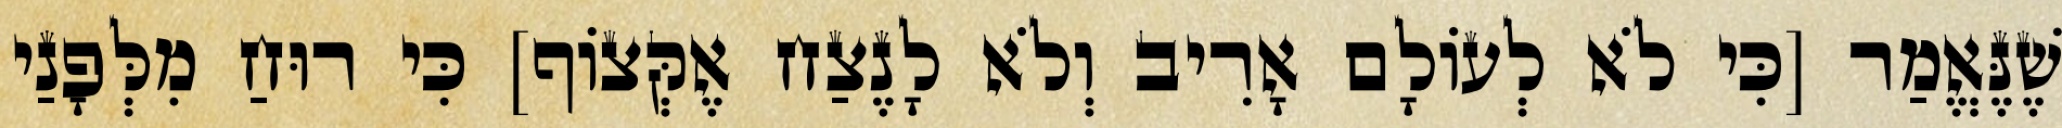
שֶׁנֶּאֱמַר [כִּי לֹא לְעוֹלָם אָרִיב וְלֹא לָנֶצַח אֶקְּצוֹף] כִּי רוּחַ מִלְּפָנַי